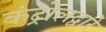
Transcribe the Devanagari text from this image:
कंट्रोलद्वारे